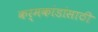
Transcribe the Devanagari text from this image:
कर्मकांडांसाठी